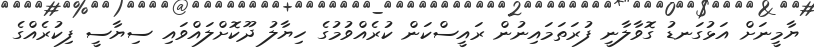
ޔާމީނަށް އަޅުގަނޑު ގޮވާލާނީ ފުރަތަމައިނުން ރައީސްކަން ކުރެއްވުމުގެ ހިޔާލު ދޫކޮށްލައްވައި ސިޔާސީ ފިކުރެއްގެ